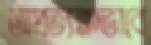
অপ্রত্যক্ষভাবে